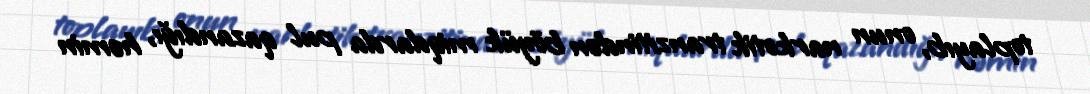
toplayıb, onun narkotik tranzitindən böyük miqdarda pul qazandığı, həmin